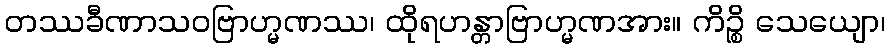
တဿခီဏာသဝဗြာဟ္မဏဿ၊ ထိုရဟန္တာဗြာဟ္မဏအား။ ကိဉ္စိ သေယျော၊